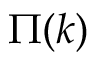
{ \Pi ( k ) }